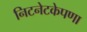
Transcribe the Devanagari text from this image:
निटनेटकेपणा